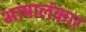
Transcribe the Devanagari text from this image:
भाषालंकार